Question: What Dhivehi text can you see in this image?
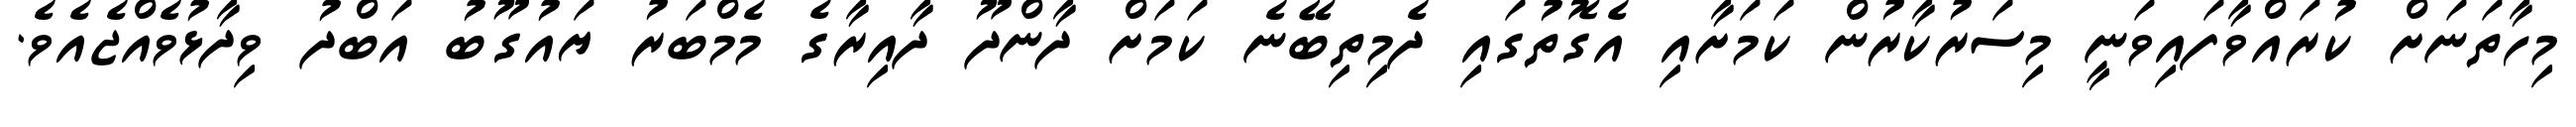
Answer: މިހާތަނަށް ކުރައްވާފައިވަނީ މިސަރުކާރުން ކަމަށާއި އެގޮތުގައި ދެމިތިބޭނެ ކަމަށް ދާންދޫ ދާއިރާގެ މެމްބަރު ޔައުގޫބު އަބްދު ވިދާޅުވެއްޖެއެވެ.